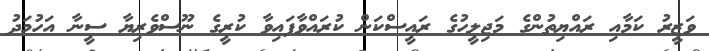
ވަޒީރު ކަމާއި ރައްޔިތުންގެ މަޖިލީހުގެ ރައީސްކަން ކުރައްވާފައިވާ ކުރީގެ ނޫސްވެރިޔާ ސީނާ އަހުމަދު